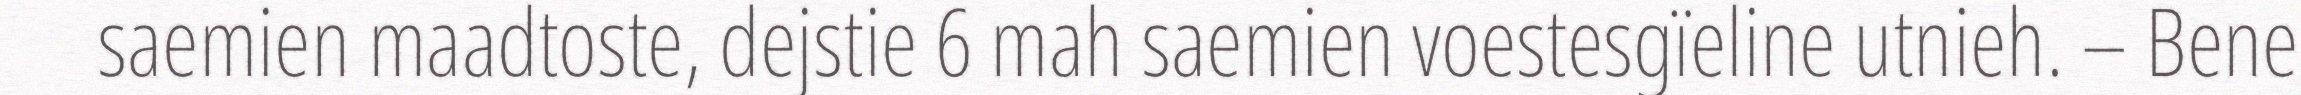
saemien maadtoste, dejstie 6 mah saemien voestesgïeline utnieh. – Bene